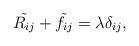
LaTeX: \begin{align*} \tilde{R_{ij}}+\tilde{f_{ij}}=\lambda \delta_{ij}, \end{align*}